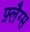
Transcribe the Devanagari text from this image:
फ़्लैग्स